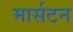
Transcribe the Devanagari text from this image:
मार्सटन